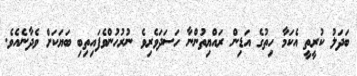
ބަދަލު ކުރީތީ އެކަމާ ހިތުގެ އަޑިން ރައްޔިތުންނާ ހަސަދަވެރިވެ ނުރުހުންވެފައިތިބި ބަޔަކަށް ވެދާނެއެވެ.